Vaccination Hyderabad 1872-1889 - 1872-1889
Year: 1872
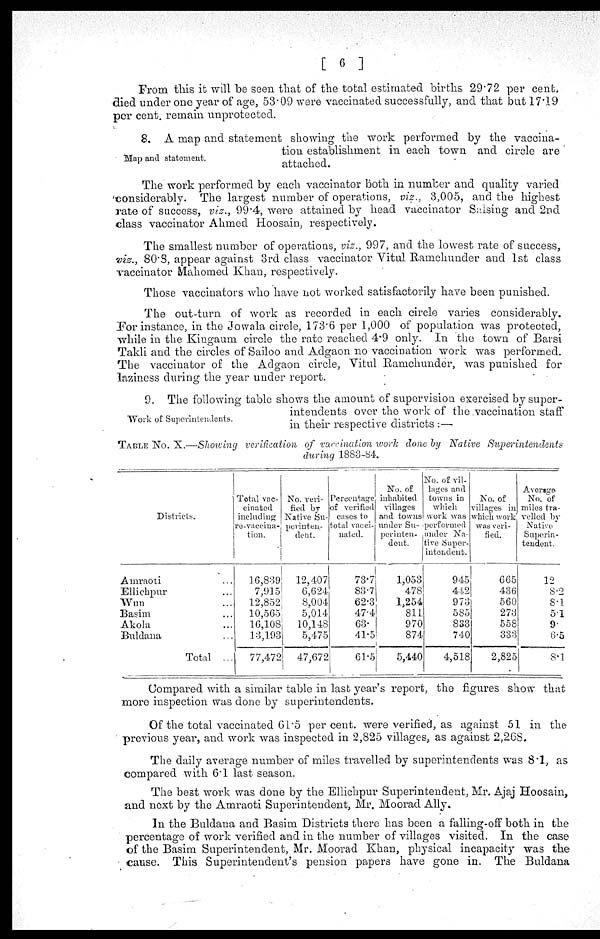
[ 6 ]
From this it will be seen that of the total estimated births 29.72 per cent.
died under one year of age, 53.09 were vaccinated successfully, and that but 17.19
per cent. remain unprotected.
Map and statement.
8. A map and statement showing the work performed by the vaccina-
tion establishment in each town and circle are
attached.
The work performed by each vaccinator both in number and quality varied
considerably. The largest number of operations, viz., 3,005, and the highest
rate of success, viz., 99.4, were attained by head vaccinator Salsing and 2nd
class vaccinator Ahmed Hoosain, respectively.
The smallest number of operations, viz., 997, and the lowest rate of success,
viz., 80.8, appear against 3rd class vaccinator Vitul Ramchunder and 1st class
vaccinator Mahomed Khan, respectively.
Those vaccinators who have not worked satisfactorily have been punished.
The out-turn of work as recorded in each circle varies considerably.
For instance, in the Jowala circle, 173.6 per 1,000 of population was protected,
while in the Kingaum circle the rate reached 4.9 only. In the town of Barsi
Takli and the circles of Sailoo and Adgaon no vaccination work was performed.
The vaccinator of the Adgaon circle, Vitul Ramchunder, was punished for
laziness during the year under report.
Work of Superintendents.
9. The following table shows the amount of supervision exercised by super-
intendents over the work of the vaccination staff
in their respective districts :—
TABLE No. X.—Showing verification of vaccination work done by Native
Superintendents
during 1883-84.
Districts.
Amraoti ...
Ellichpur ...
Wun ...
Basim ...
Akola ...
Buldana ...
Total ...
Total vac-
cinated
including
re-vaccina-
tion.
16,839
7,915
12,852
10,565
16,108
13,193
77,472
No. veri-
fied by
Native Su-
perinten-
dent.
12,407
6,624
8,004
5,014
10,148
5,475
47,672
Percentage
of verified
cases to
total vacci-
nated.
73.7
83.7
62.3
47.4
63.
41.5
61.5
No. of
inhabited
villages
and towns
under Su-
perinten-
dent.
1,053
478
1,254
811
970
874
5,440
No. of vil-
lages and
towns in
which
work was
performed
under Na-
tive Super-
intendent.
945
442
973
585
833
740
4,518
No. of
villages in
which work
was veri-
fied.
665
436
560
273
558
333
2,825
Average
No. of
miles tra-
velled by
Native
Superin-
tendent.
12
8.2
8.1
5.1
9.
6.5
8.1
Compared with a similar table in last year's report, the figures show that
more inspection was done by superintendents.
Of the total vaccinated 61.5 per cent. were verified, as against 51 in the
previous year, and work was inspected in 2,825 villages, as against 2,268.
The daily average number of miles travelled by superintendents was 8.1, as
compared with 6.1 last season.
The best work was done by the Ellichpur Superintendent, Mr. Ajaj Hoosain,
and next by the Amraoti Superintendent, Mr. Moorad Ally.
In the Buldana and Basim Districts there has been a falling-off both in the
percentage of work verified and in the number of villages visited. In the case
of the Basim Superintendent, Mr. Moorad Khan, physical incapacity was the
cause. This Superintendent's pension papers have gone in. The Buldana